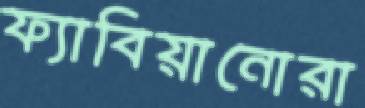
ফ্যাবিয়ানোরা